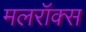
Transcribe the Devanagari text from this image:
मलरॉक्स